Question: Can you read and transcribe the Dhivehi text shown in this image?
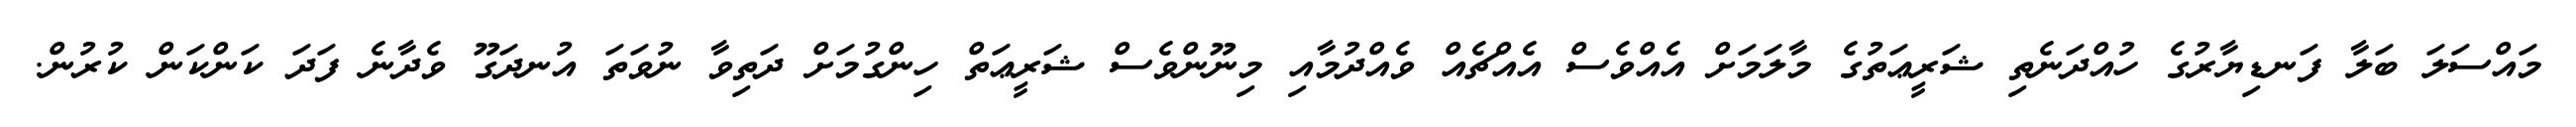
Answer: މައްސަލަ ބަލާ ފަނޑިޔާރުގެ ހުއްދަނެތި ޝަރީޢަތުގެ މާލަމަށް އެއްވެސް އެއްޗެއް ވެއްދުމާއި މިނޫންވެސް ޝަރީޢަތް ހިންގުމަށް ދަތިވާ ނުވަތަ އުނދަގޫ ވެދާނެ ފަދަ ކަންކަން ކުރުން.